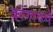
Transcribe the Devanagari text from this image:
दरेगावचे